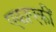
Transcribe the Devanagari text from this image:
एकाएकीं